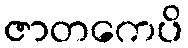
ဇာတကေပိ